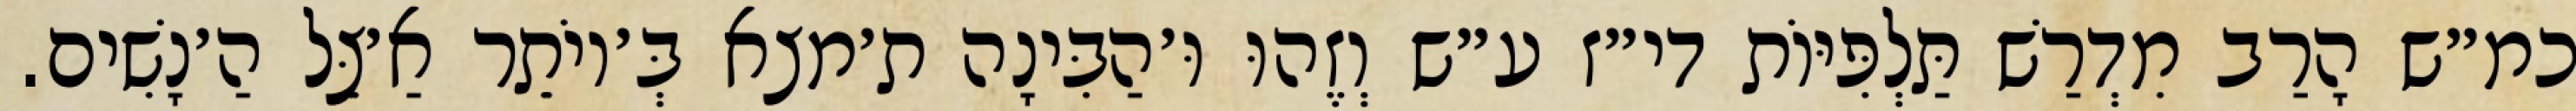
כמ״ש הָרַב מִדְרַשׁ תַּלְפִּיּוֹת די״ז ע״ש וְזֶהוּ וּ׳הַבִּינָה ת׳מצא בְּ׳יוֹתֵר אַ׳צֵּל הַ׳נָשִׁים.